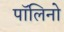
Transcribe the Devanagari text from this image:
पॉलिनो